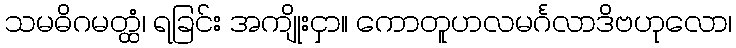
သမဓိဂမတ္ထံ၊ ရခြင်း အကျိုးငှာ။ ကောတူဟလမင်္ဂလာဒိဗဟုလော၊